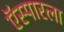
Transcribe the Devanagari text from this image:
ऍस्पारला